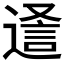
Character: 𮞵